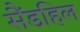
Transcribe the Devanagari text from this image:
सैंडहिल